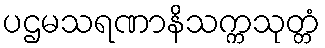
ပဌမသရဏာနိသက္ကသုတ္တံ